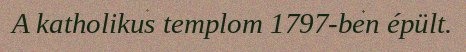
A katholikus templom 1797-ben épült.